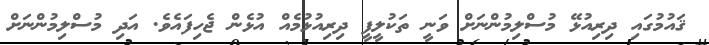
ޤައުމުގައި ދިރިއުޅޭ މުސްލިމުންނަށް ވަނީ ތަކުލީފީ ދިރިއުޅުމެއް އުޅެން ޖެހިފައެވެ. އަދި މުސްލިމުންނަށް